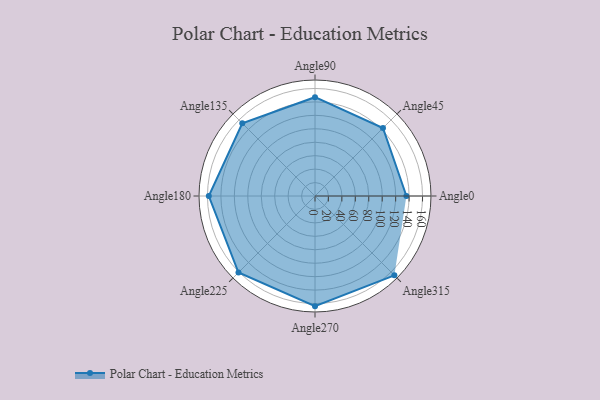
{"axis": {"x": "Angle", "y": "Radius"}, "legend": [""], "data": [{"x": "Angle0", "y": 136.0, "type": ""}, {"x": "Angle45", "y": 143.0, "type": ""}, {"x": "Angle90", "y": 147.0, "type": ""}, {"x": "Angle135", "y": 153.0, "type": ""}, {"x": "Angle180", "y": 158.0, "type": ""}, {"x": "Angle225", "y": 161.0, "type": ""}, {"x": "Angle270", "y": 164.0, "type": ""}, {"x": "Angle315", "y": 167.0, "type": ""}]}